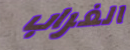
الغراب